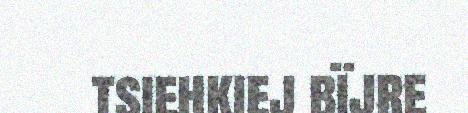
tsiehkiej bïjre